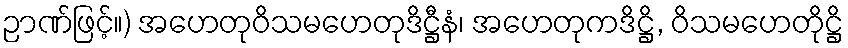
ဉာဏ်ဖြင့်။) အဟေတုဝိသမဟေတုဒိဋ္ဌီနံ၊ အဟေတုကဒိဋ္ဌိ, ဝိသမဟေတိုဋ္ဌိ